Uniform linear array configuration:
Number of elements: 24
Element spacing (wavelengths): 0.5
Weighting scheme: exponential
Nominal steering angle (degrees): -60
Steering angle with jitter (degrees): -61.657
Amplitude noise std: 0.05
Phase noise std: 0.05

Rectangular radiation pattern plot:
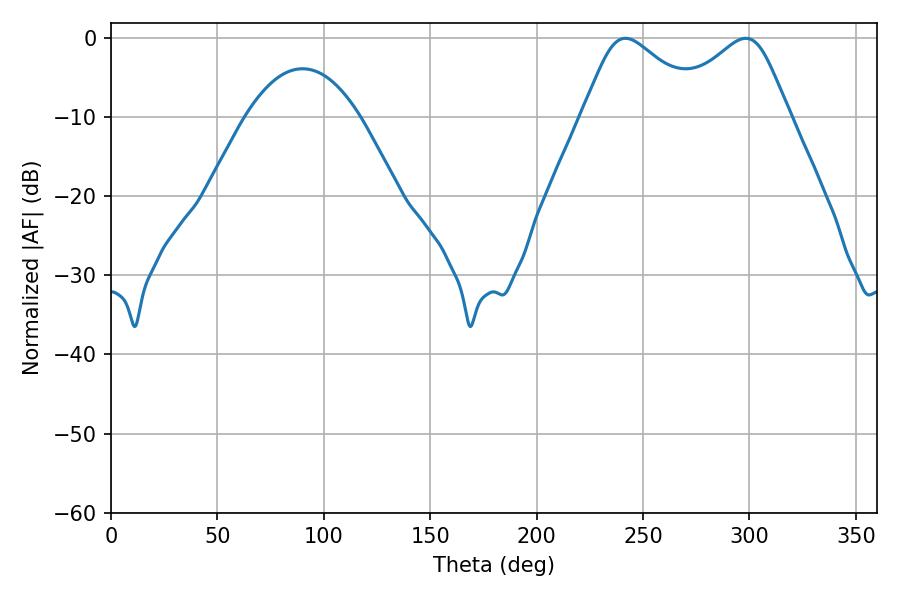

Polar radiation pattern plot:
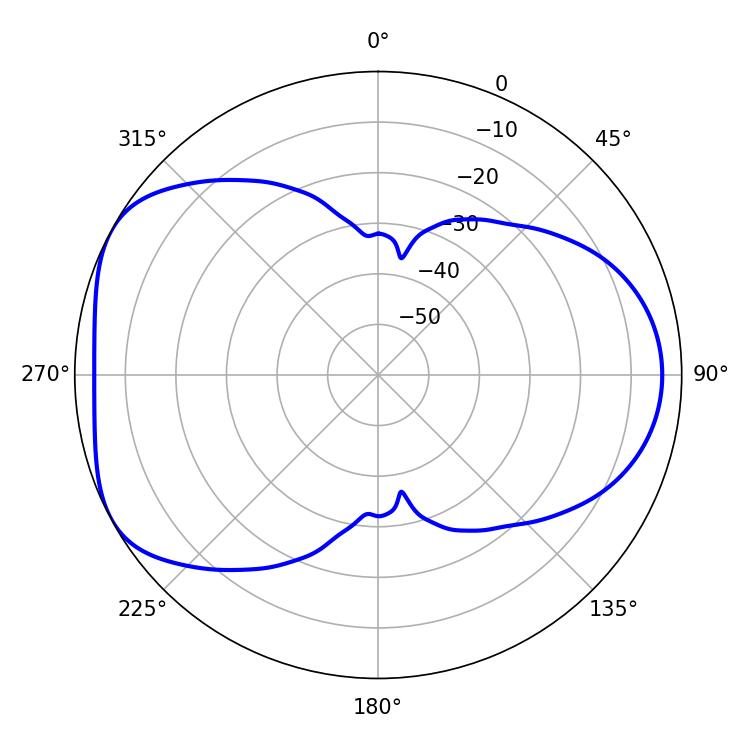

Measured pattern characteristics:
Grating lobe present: FALSE
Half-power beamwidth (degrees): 28.44
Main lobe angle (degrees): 241.74